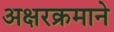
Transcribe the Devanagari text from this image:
अक्षरक्रमाने